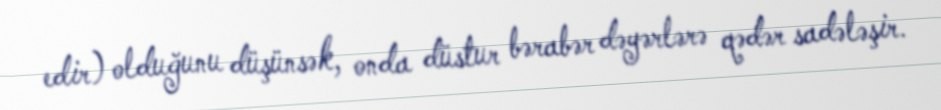
edir) olduğunu düşünsək, onda düstur bərabər dəyərlərə qədər sadələşir.